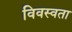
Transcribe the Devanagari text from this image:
विवस्वता